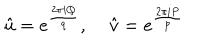
LaTeX: \hat { u } = e ^ { \frac { 2 \pi i Q } { q } } , \; \hat { v } = e ^ { \frac { 2 \pi i P } { p } }